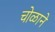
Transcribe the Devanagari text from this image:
चोळाने